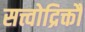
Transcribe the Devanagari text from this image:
सत्त्वोद्रिक्तौ